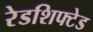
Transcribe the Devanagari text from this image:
रेडशिफ्टेड